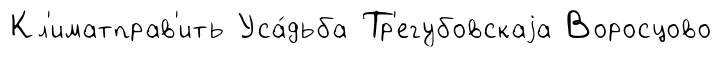
Кл'иматправ'ить Уса́дьба Тр'егубовскаjа Воросцово